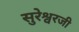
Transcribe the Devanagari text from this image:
सुरेश्वरजी